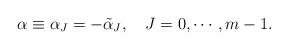
LaTeX: \begin{align*}\alpha\equiv\alpha_{J}=-\tilde{\alpha}_{J}, \quad J=0, \cdots ,m-1.\end{align*}